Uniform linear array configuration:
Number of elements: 16
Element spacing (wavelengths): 0.5
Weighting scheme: binomial
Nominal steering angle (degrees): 15
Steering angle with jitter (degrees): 13.699
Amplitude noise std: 0.05
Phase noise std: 0.05

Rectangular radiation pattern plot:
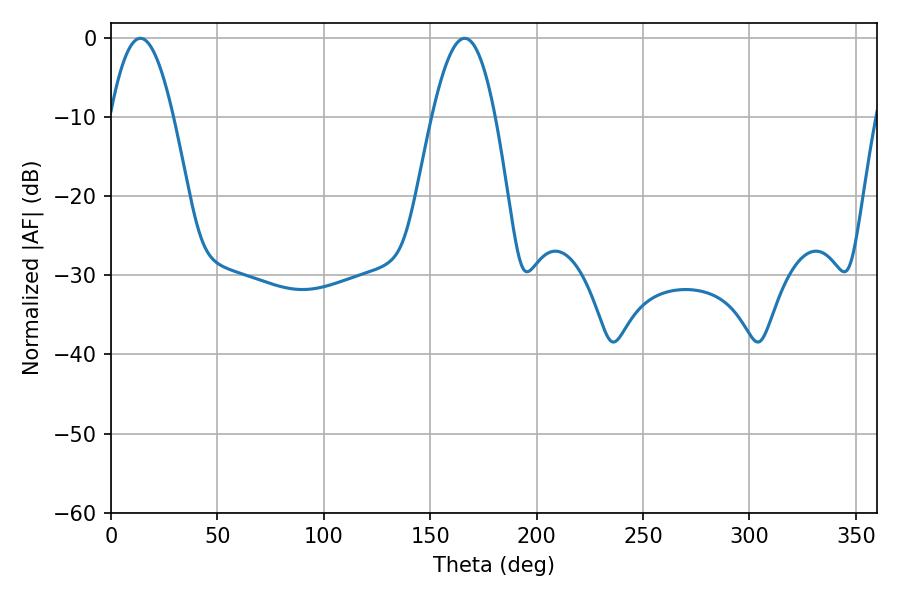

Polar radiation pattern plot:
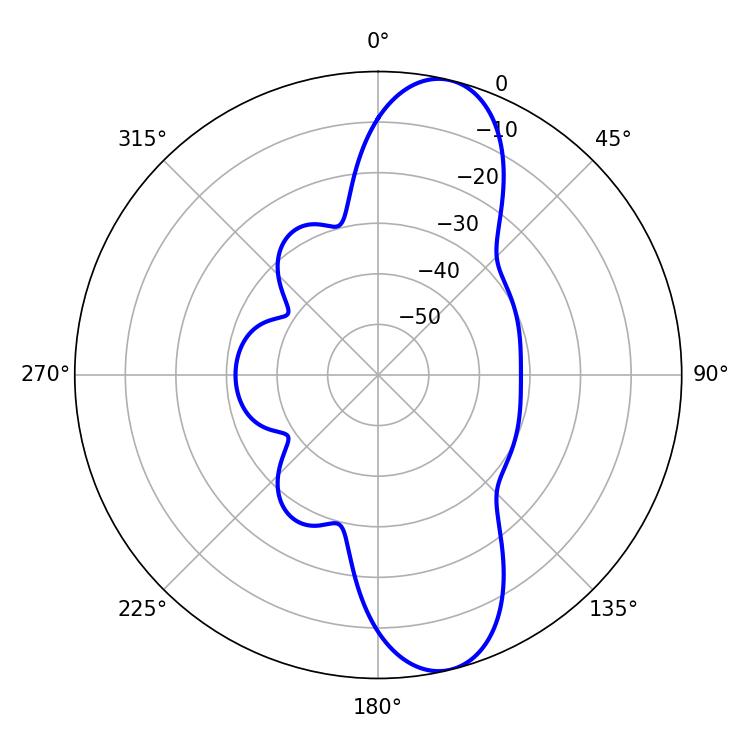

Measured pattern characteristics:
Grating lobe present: FALSE
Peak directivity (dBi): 11.285
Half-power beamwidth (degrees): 16.2
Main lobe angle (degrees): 13.86